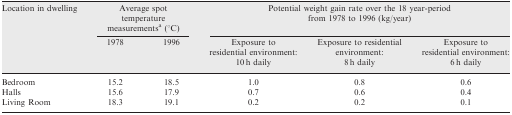
<table><thead><tr><td><b>Location in dwelling</b></td><td><b>Average spot temperature measurements<sup>a</sup> (°C)</b></td><td><b>Potential weight gain rate over the 18 year-period from1978 to 1996 (kg/year)</b></td></tr><tr><td>[EMPTY_CELL]</td><td>[EMPTY_CELL]</td><td>[EMPTY_CELL]</td><td><b>1978</b></td><td><b>1996</b></td><td><b>Exposure to residential environment: 10 h daily</b></td><td><b>Exposure to residential environment: 8 h daily</b></td><td><b>Exposure to residential environment: 6 h daily</b></td></tr></thead><tbody><tr><td>Bedroom</td><td>15.2</td><td>18.5</td><td>1.0</td><td>0.8</td><td>0.6</td></tr><tr><td>Halls</td><td>15.6</td><td>17.9</td><td>0.7</td><td>0.6</td><td>0.4</td></tr><tr><td>Living Room</td><td>18.3</td><td>19.1</td><td>0.2</td><td>0.2</td><td>0.1</td></tr></tbody></table>